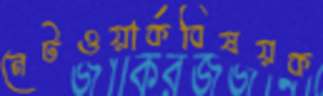
নেটওয়ার্কবিষয়ক